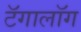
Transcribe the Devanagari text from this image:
टॅगालॉग